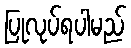
ပြုလုပ်ရပါမည်